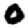
Digit: 0